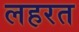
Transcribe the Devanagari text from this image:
लहरत